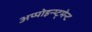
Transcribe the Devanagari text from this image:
अप्पोइन्य्ट्मेन्ट